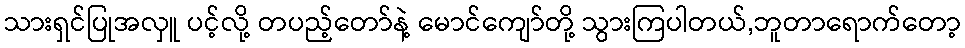
သားရှင်ပြုအလှူ ပင့်လို့ တပည့်တော်နဲ့ မောင်ကျော်တို့ သွားကြပါတယ်,ဘူတာရောက်တော့